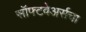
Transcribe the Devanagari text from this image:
सॉफ्टवेअर्सचा